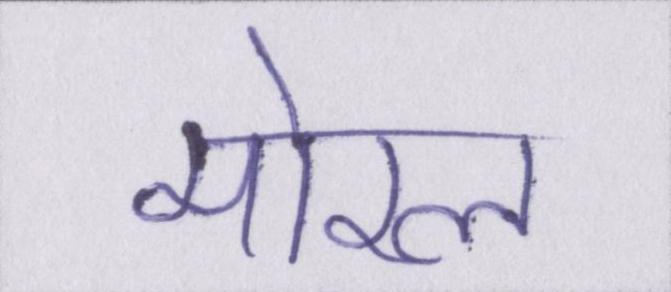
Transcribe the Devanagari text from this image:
मोरल